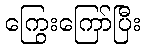
ကြွေးကြော်ပြီး